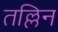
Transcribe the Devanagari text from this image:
तल्लिन